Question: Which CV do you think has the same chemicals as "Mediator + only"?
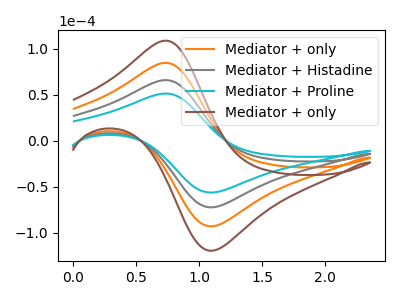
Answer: <think>The orange curve "Mediator + only" has an anodic peak at (0.75V, 131.70uA) and a cathodic peak at (1.10V, -144.75uA). The gray curve "Mediator + Histadine" has an anodic peak at (0.75V, 65.85uA) and a cathodic peak at (1.10V, -72.35uA). The cyan curve "Mediator + Proline" has an anodic peak at (0.75V, 51.25uA) and a cathodic peak at (1.10V, -56.30uA). The brown curve "Mediator + only" has an anodic peak at (0.75V, 197.55uA) and a cathodic peak at (1.10V, -217.10uA).
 All the peaks in "Mediator + only" have a peak in "Mediator + Histadine" at the same potential. Every peak in "Mediator + only" is higher than every peak in "Mediator + Histadine". All the peaks in "Mediator + only" have a peak in "Mediator + Proline" at the same potential. Every peak in "Mediator + only" is higher than every peak in "Mediator + Proline". All the peaks in "Mediator + only" have a peak in "Mediator + only" at the same potential. Every peak in "Mediator + only" is lower than every peak in "Mediator + only". All the peaks in "Mediator + Histadine" have a peak in "Mediator + Proline" at the same potential. Every peak in "Mediator + Histadine" is higher than every peak in "Mediator + Proline". All the peaks in "Mediator + Histadine" have a peak in "Mediator + only" at the same potential. Every peak in "Mediator + Histadine" is lower than every peak in "Mediator + only". All the peaks in "Mediator + Proline" have a peak in "Mediator + only" at the same potential. Every peak in "Mediator + Proline" is lower than every peak in "Mediator + only".</think>
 <answer>"Mediator + only", "Mediator + Histadine" and "Mediator + only" have a similar shape to "Mediator + Proline".</answer>
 <eval>"Mediator + only" "Mediator + Histadine" "Mediator + only"</eval>